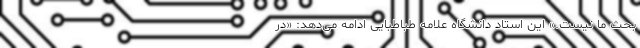
بحث ما نیست.» این استاد دانشگاه علامه طباطبایی ادامه می‌دهد: «در